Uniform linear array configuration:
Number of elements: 24
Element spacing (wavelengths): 1
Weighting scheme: cosine
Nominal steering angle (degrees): -60
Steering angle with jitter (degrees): -58.432
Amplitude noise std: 0.05
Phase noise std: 0.05

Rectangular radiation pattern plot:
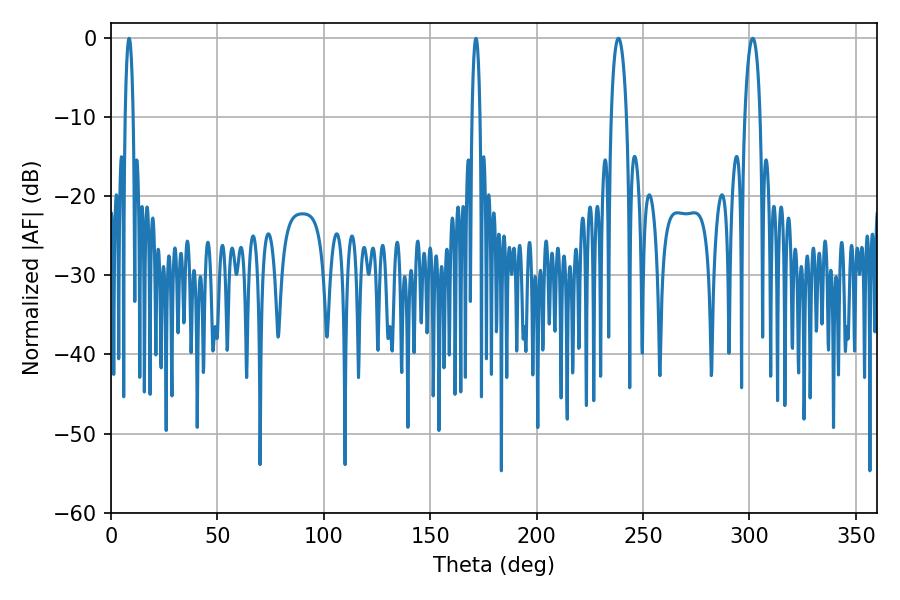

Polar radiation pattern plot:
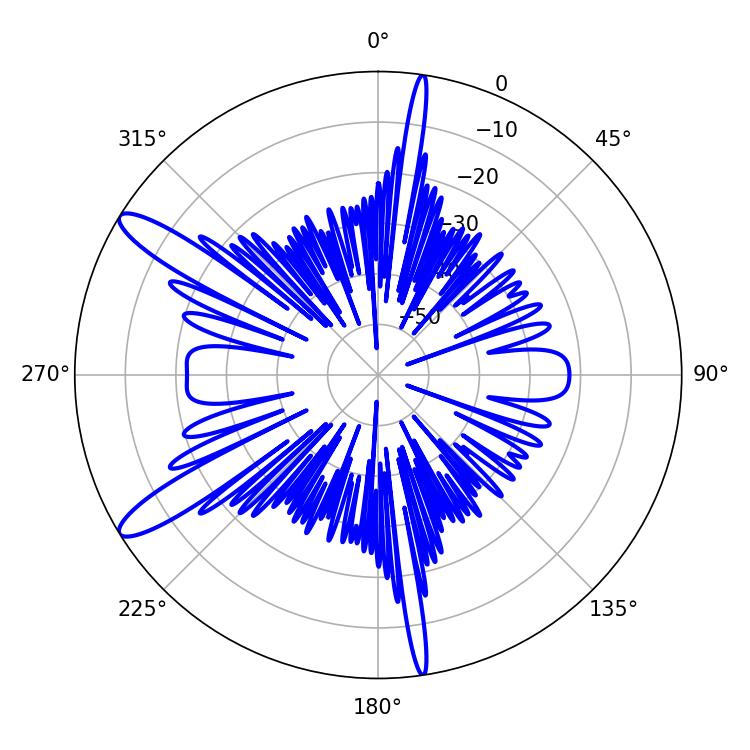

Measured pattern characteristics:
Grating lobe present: TRUE
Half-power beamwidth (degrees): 3.96
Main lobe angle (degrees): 301.5